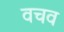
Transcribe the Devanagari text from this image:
वचव